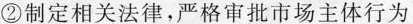
②制定相关法律，严格审批市场主体行为